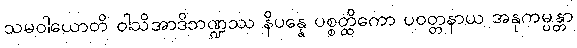
သမဝါယောတိ ဝါသိအာဒိဘဏ္ဍဿ နိပန္နေ ပစ္စတ္ထိကော ပဝတ္တနာယ အနုကမ္ပန္တာ